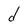
Character: d